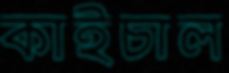
কাইচাল